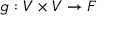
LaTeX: g : V \times V \rightarrow F